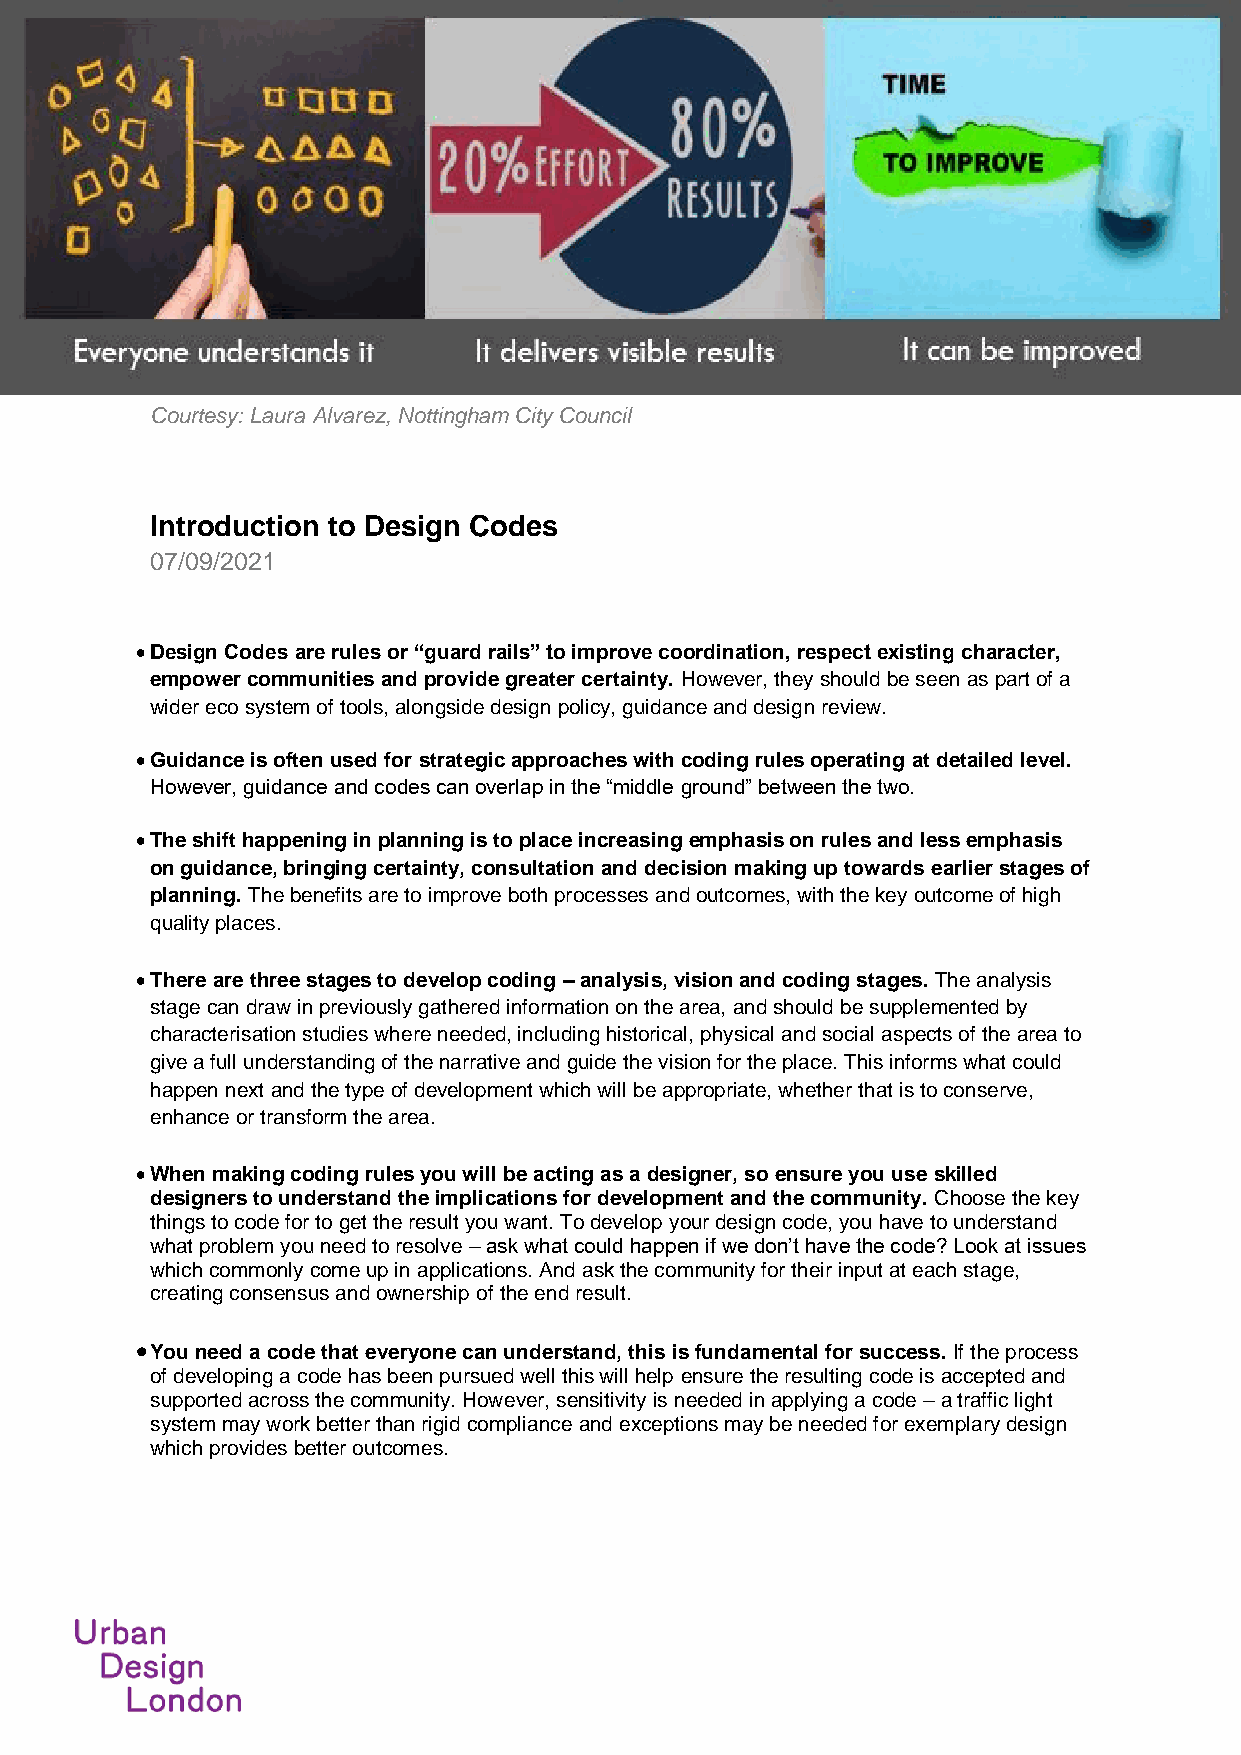
Courtesy: Laura Alvarez, Nottingham City Council
 Introduction to Design Codes
 07/09/2021
 • Design Codes are rules or “guard rails” to improve coordination, respect existing character,
 empower communities and provide greater certainty. However, they should be seen as part of a
 wider eco system of tools, alongside design policy, guidance and design review.
 • Guidance is often used for strategic approaches with coding rules operating at detailed level.
 However, guidance and codes can overlap in the “middle ground” between the two.
 • The shift happening in planning is to place increasing emphasis on rules and less emphasis
 on guidance, bringing certainty, consultation and decision making up towards earlier stages of
 planning. The benefits are to improve both processes and outcomes, with the key outcome of high
 quality places.
 • There are three stages to develop coding – analysis, vision and coding stages. The analysis
 stage can draw in previously gathered information on the area, and should be supplemented by
 characterisation studies where needed, including historical, physical and social aspects of the area to
 give a full understanding of the narrative and guide the vision for the place. This informs what could
 happen next and the type of development which will be appropriate, whether that is to conserve,
 enhance or transform the area.
 • When making coding rules you will be acting as a designer, so ensure you use skilled
 designers to understand the implications for development and the community. Choose the key
 things to code for to get the result you want. To develop your design code, you have to understand
 what problem you need to resolve – ask what could happen if we don’t have the code? Look at issues
 which commonly come up in applications. And ask the community for their input at each stage,
 creating consensus and ownership of the end result.
 • You need a code that everyone can understand, this is fundamental for success. If the process
 of developing a code has been pursued well this will help ensure the resulting code is accepted and
 supported across the community. However, sensitivity is needed in applying a code – a traffic light
 system may work better than rigid compliance and exceptions may be needed for exemplary design
 which provides better outcomes.